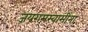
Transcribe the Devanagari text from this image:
जयरामस्वामींना